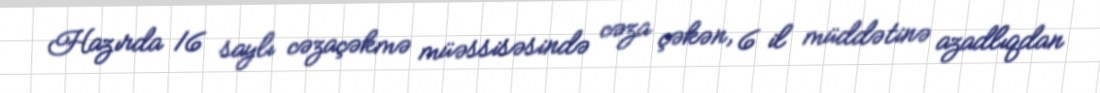
Hazırda 16 saylı cəzaçəkmə müəssisəsində cəza çəkən, 6 il müddətinə azadlıqdan